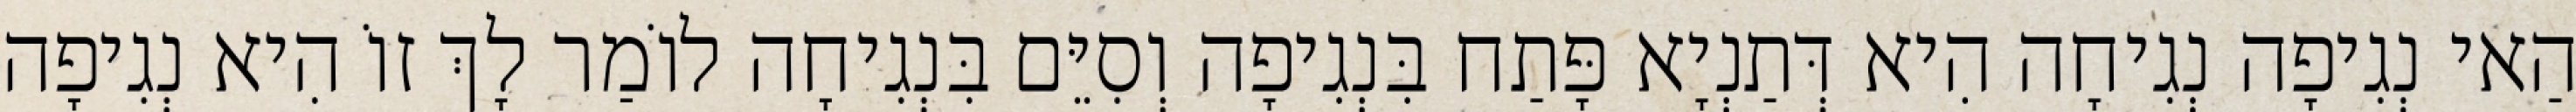
הַאי נְגִיפָה נְגִיחָה הִיא דְּתַנְיָא פָּתַח בִּנְגִיפָה וְסִיֵּם בִּנְגִיחָה לוֹמַר לָךְ זוֹ הִיא נְגִיפָה